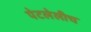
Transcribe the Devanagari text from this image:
पेटलेलीच